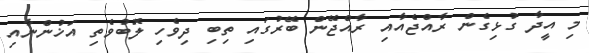
މި އީދާ ގުޅިގެން ރާއްޖެއާއި ރާއްޖޭން ބޭރުގައި ތިބި ދިވެހި ލޮބުވެތި އަޚުންނާއި